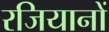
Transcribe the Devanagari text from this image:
रजियानों